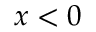
x < 0